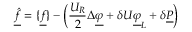
\underline { { \hat { f } } } = \{ \underline { { f } } \} - \Big ( \frac { U _ { R } } { 2 } \Delta \underline { { \varphi } } + \delta U \underline { { \varphi } } _ { L } + \delta \underline { { P } } \Big )